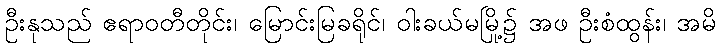
ဦးနုသည် ဧရာဝတီတိုင်း၊ မြောင်းမြခရိုင်၊ ဝါးခယ်မမြို့၌ အဖ ဦးစံထွန်း၊ အမိ